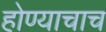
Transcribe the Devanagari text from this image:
होण्याचाच